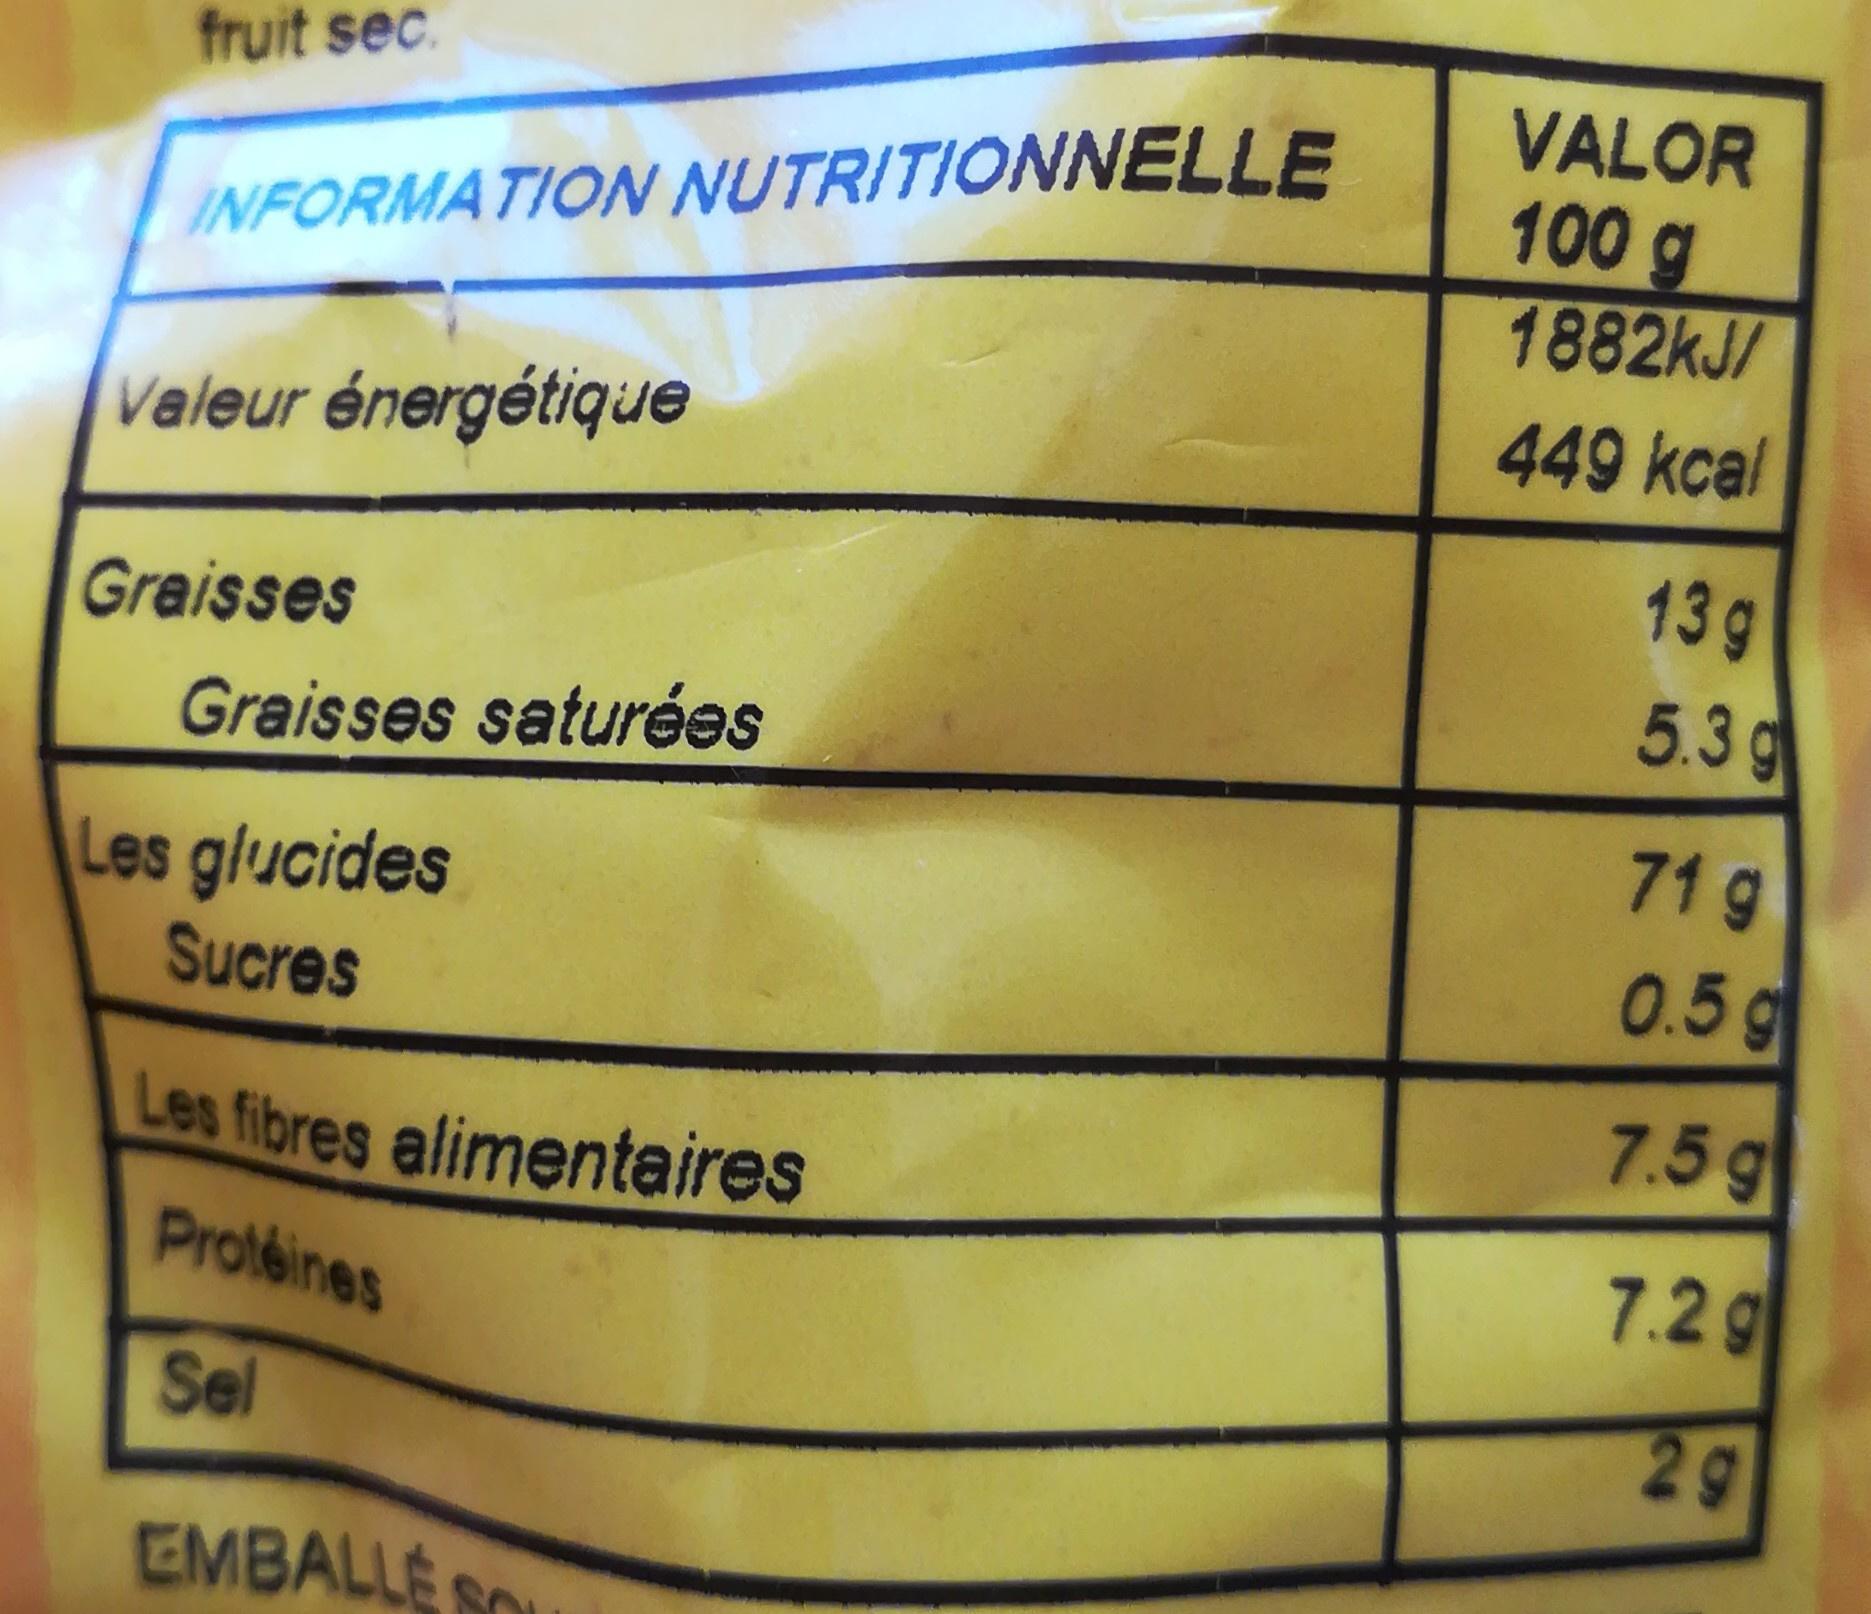
fruit sec.
VALOR 100 g 1882KJ/
INFORMATION NUTRITIONNELLE
449 kcal
Valeur énergétique
13g 5.3g
Graisses
Graisses saturées
71 g
Les glucides Sucres
0.5g
7.5g
Les fibres alimentaires
Proteines
7.2 g
Sel
29
EMBALLESO